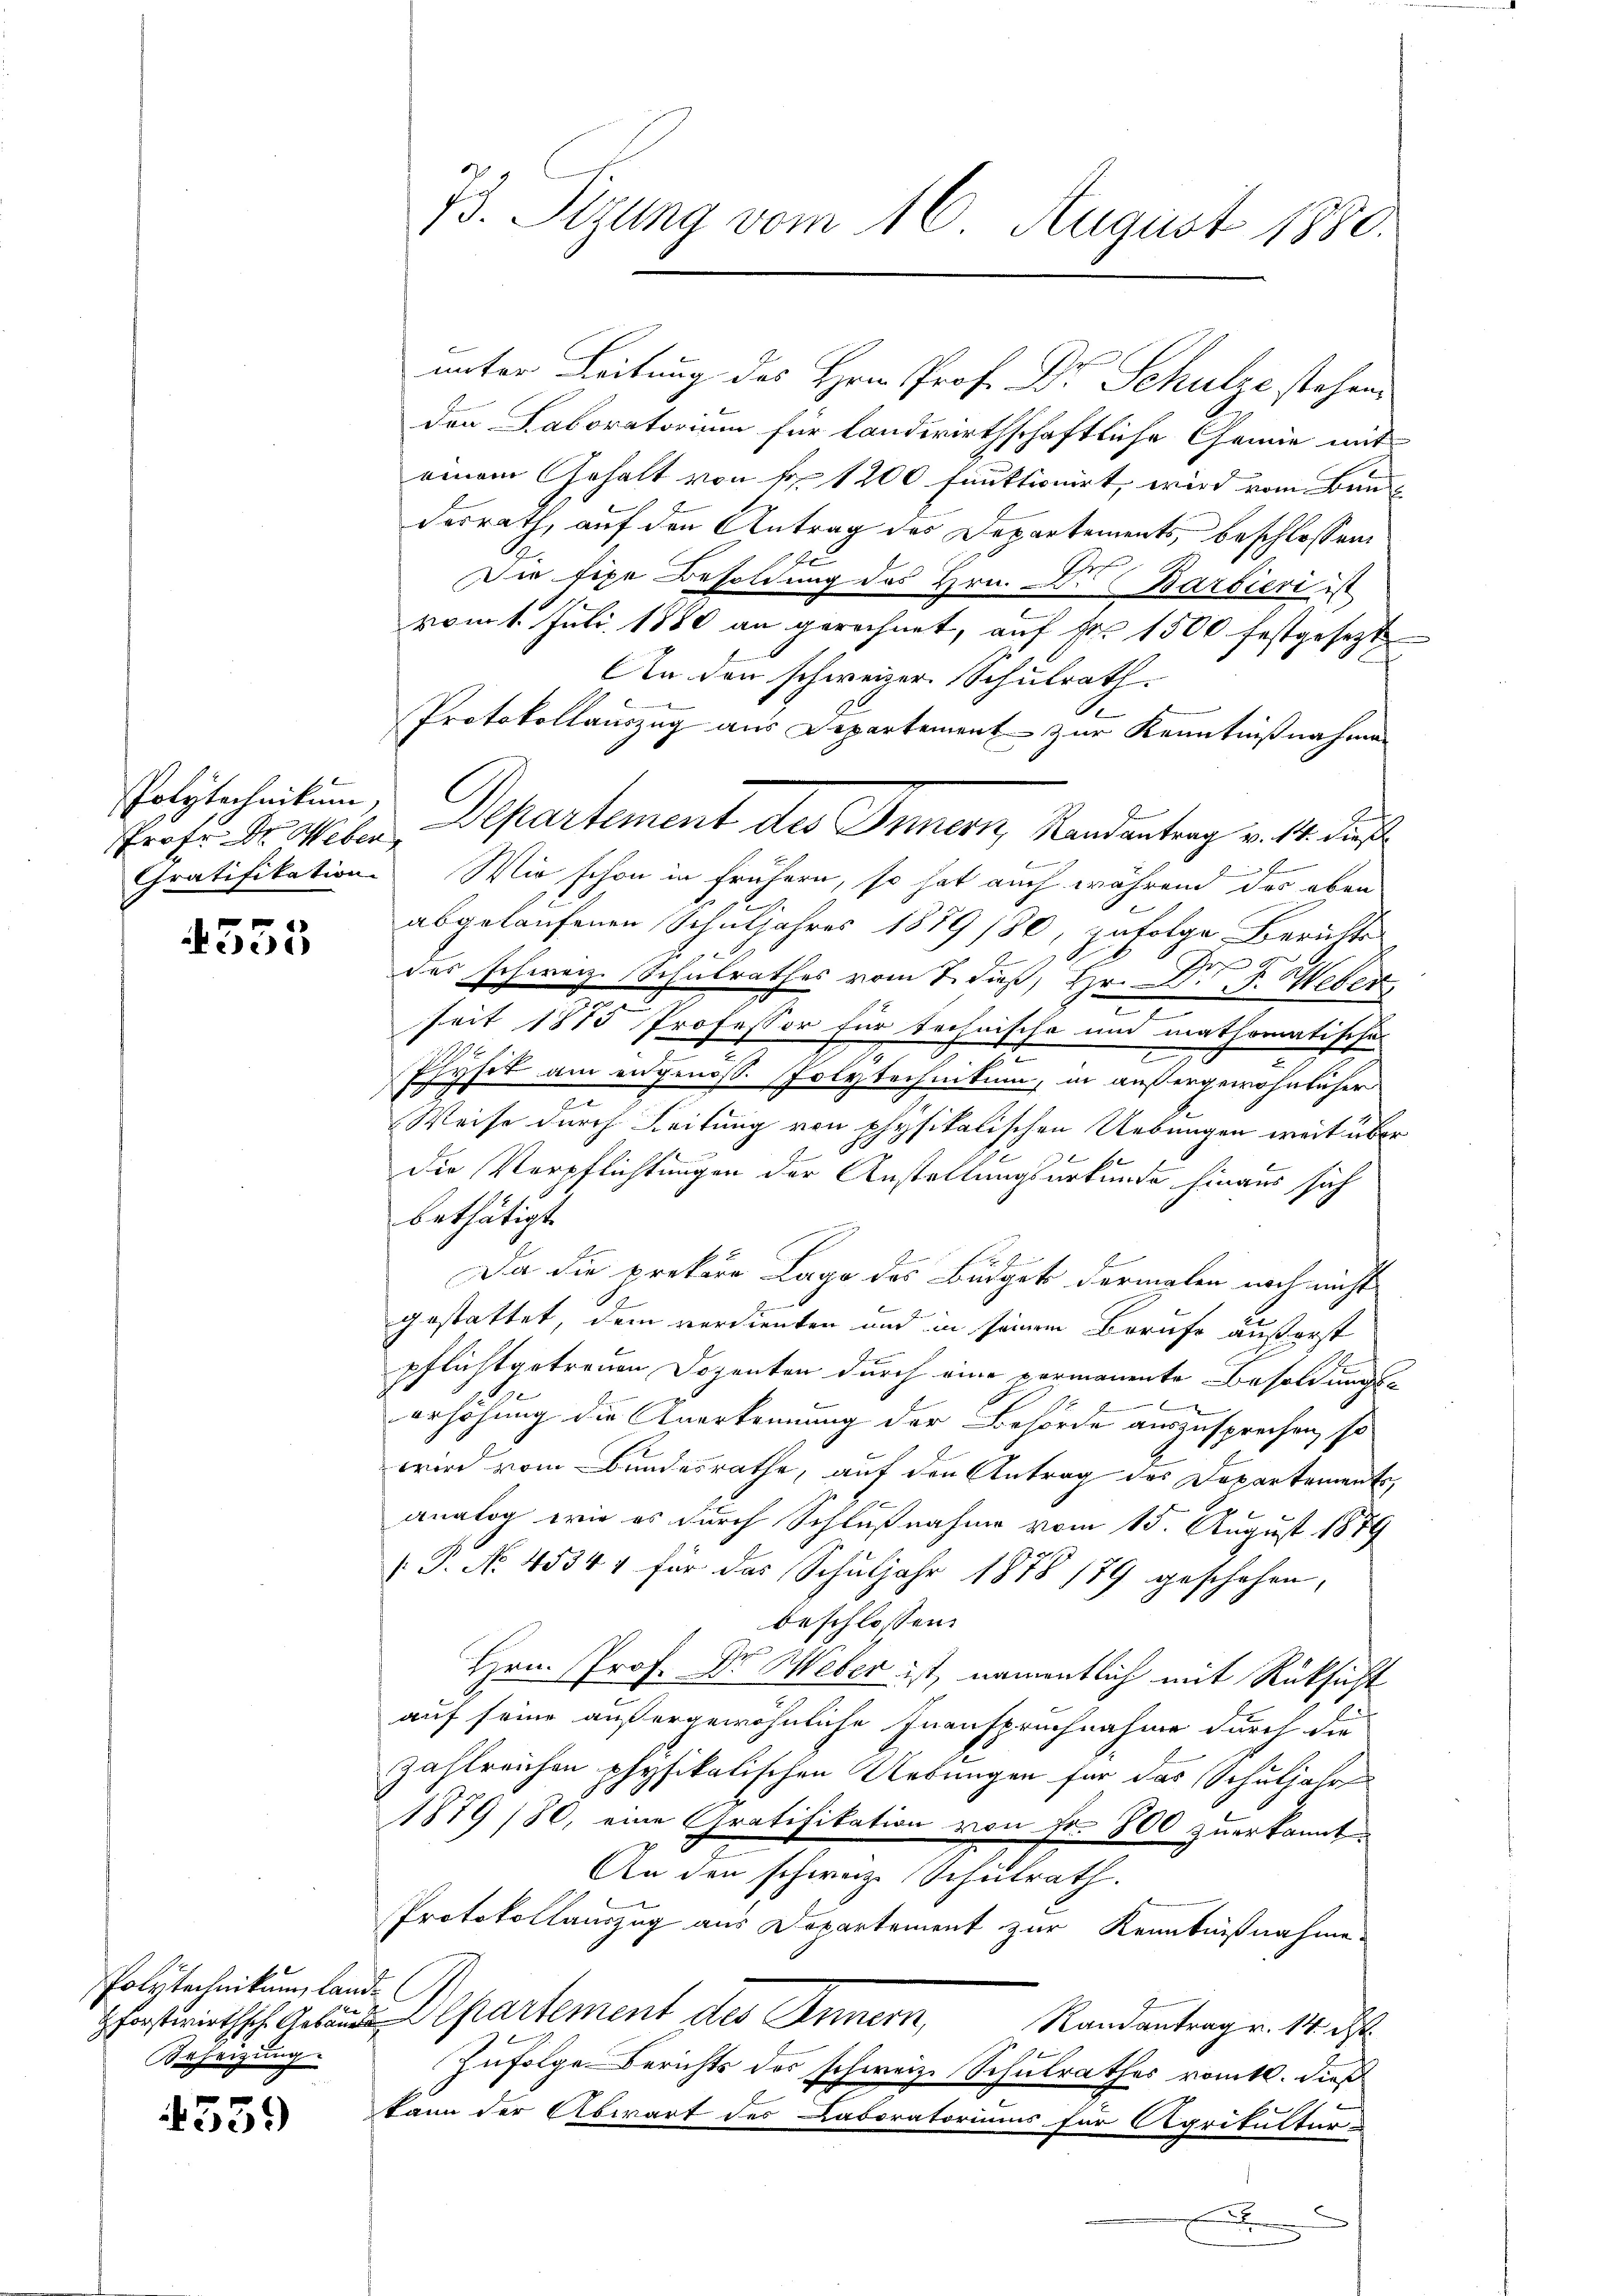
Polytechnikum,

553

Polytechnikum landrheizung.

4559

unter Leitung des Hrn. Prof. Dr Schulze stehen,
den Laboratorium für landwirthschaftliche Chemie mit
einem Gehalt von Nr 1200 fruktionirt, wird vom Bunderrath, auf den Antrag des Departements, beschlossen
E
Die tige Besoldung des Hrn. Dr Barbieri ist
vom 1. Juli 1880 an gerechnet, auf Fr. 1500 festgesetzt
Ain den schweizer. Schulrath.
A
Protokollauszug aus Departement zur Kenntnißnahmen
1
Gratifikation. Wir schon in frühern, so hat auch während der eben
abgelaufenen Schuljahres 1889 180, zufolge Berichts
 2
e
des schweiz. Schulrathes vom 7. Fuß, Hr. D. F. Weber
2
seit 1875 Professor für technische und mathomatische
s
e
t
Physik am eidgenöss. Polytechnikum, in außergewöhnlicher
n
Weise durch Leitung von physikalischen Uebungen weit über
d
.
die Verpflichtungen der Anstellungsurkunde hinaus sich
bethätigt.
Da die prekere Lage des Büdget dermalen noch nicht
gestattet, dem verdienten und in seinem Berufe äußerst
pflichtgetreuen Dozenten durch eine permanente Besoldungs-
erhöhung die Anerkennung der Behörde auszusprechen, so
wird vom Bundesrathe, auf den Antrag des Departement
analog wie es durch Schlußnahme vom 15. August 1879
.P. No. 45344 für das Schŭljahr 1878 179 geschehen,
beschlossen:
Hrn. Prof. Dr. Weber ist, namentlich mit Rücksicht
auf seine außergewöhnliche Inanspruchnahme durch die
zahlreichen physikalischen Uebungen für das Schuljahr
1879 (80, eine Gratifikation von Fr. 800 zuerkannt
An den schweiz. Schulrath.
Protokollauszug aus Departement zur Kenntnißnahme
forstwirthsche Gebunde Departement des Innern, Randantrage. 14. d.
Zufolge Berichts des schweiz. Schulrathes romtl. dieß
kann der Abwart des Caboratoriums für Agrikultur-
n
.
g

73. Sizung vom 16. August 1880.

Prof. Dr. Weber Departement des Innern, Randantrag v. 14. Fuß